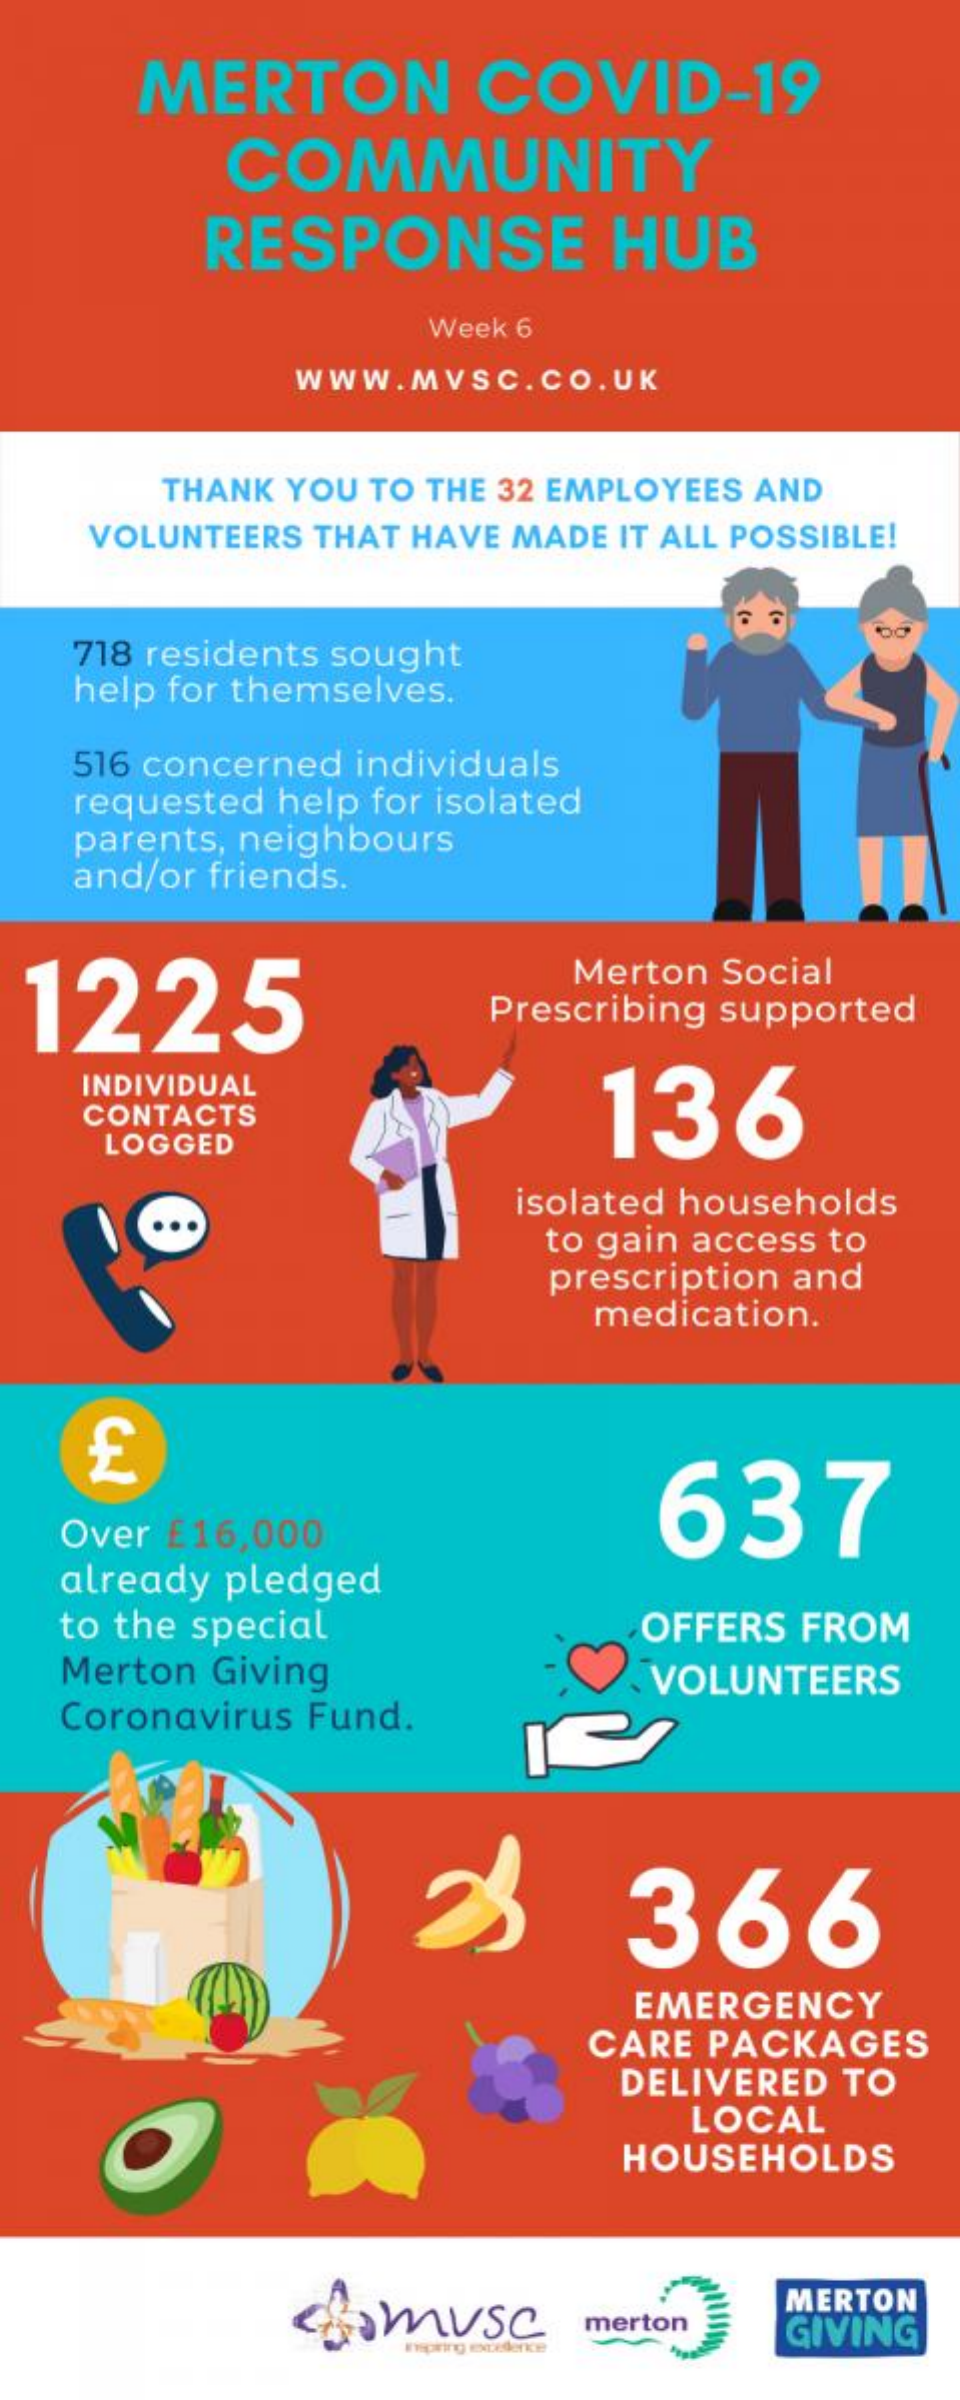
MERTON    COVID-19
     COMMUNITY
     RESPONSE    HUB
     Week 6
     WWW.MVSC.CO.  UK
     THANK YOU TO THE 32 EMPLOYEES AND
    VOLUNTEERS THAT HAVE MADE IT ALL POSSIBLE!
    718 residents sought
    help for themselves.
    516 concerned individuals
   requested help for isolated
    parents, neighbours
    and/or friends.
  1225
     Merton Social
     Prescribing supported
    INDIVIDUAL
     136 CONTACTS
     LOGGED
     isolated households
     to gain access to
     prescription and
     medication.
     637
   Over £16,000
   already pledged
   to the special    OFFERS FROM
   Merton Giving    VOLUNTEERS
   Coronavirus Fund.
     366
     EMERGENCY
     CARE PACKAGES
     DELIVERED TO
     LOCAL
     HOUSEHOLDS
     somuse
     MERTON
     Expiring excedence
     merton   GIVING